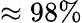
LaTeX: \approx 98\%